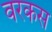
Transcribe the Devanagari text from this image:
वरकस